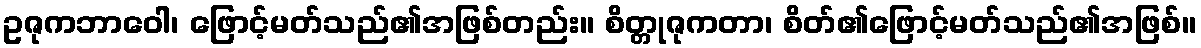
ဥဇုကဘာဝေါ၊ ဖြောင့်မတ်သည်၏အဖြစ်တည်း။ စိတ္တုဇုကတာ၊ စိတ်၏ဖြောင့်မတ်သည်၏အဖြစ်။